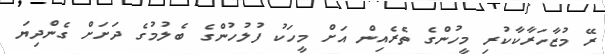
ރޭ މުޒާހަރާކާކުރި މީހުންގެ ތެރެއިން އަށް މީހަކު ފުލުހުންގެ ބެލުމުގެ ދަށަށް ގެންދިޔަ